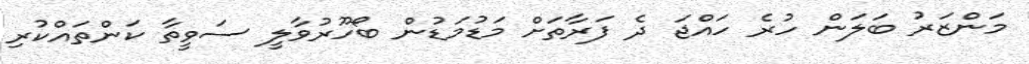
މަންޒަރު ބަލަން ހުރެ ހައްޖަ ދެ ފަރާތަށް މަޑުމަޑުން ބޯހޫރުވާލީ ސަވީތާ ކަންތައްކުރި